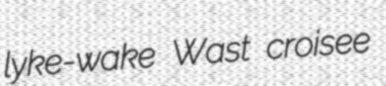
lyke-wake Wast croisee